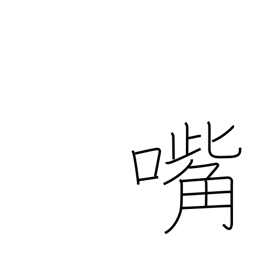
Meaning: bill